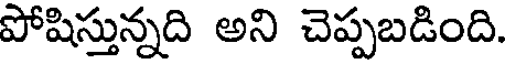
పోషిస్తున్నది అని చెప్పబడింది.